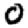
Digit: 0